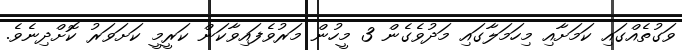
ވަގުތެއްގައި ކަމަށާއި މިހަމަލާގައި މަދުވެގެން 3 މީހުން މަރުވެފައިވާކަން ކަރީމީ ކަށަވަރު ކޮށްދިނެވެ.